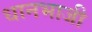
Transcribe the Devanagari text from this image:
धानभाजी